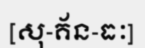
[សុ-គ័ន-ធៈ]